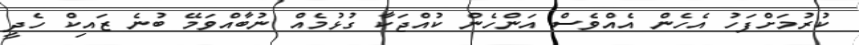
ކުރުމަށްފަހު އެހެން އެއްވެސް އަންހެން ކުއްޖަކާ ގުޅުމެއް ނުބާއްވަމޭ ބުނެ ޒައިކް ހެދީ